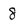
Character: 8